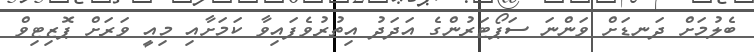
ބެލުމަށް ދަނޑަށް ވަންނަ ސަޕޯޓަރުންގެ އަދަދު އިތުރުވެފައިވާ ކަމަށާއި މިއީ ވަރަށް ޕޮޒިޓިވް